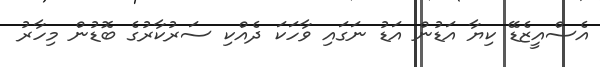
އެސްއީޒެޑޭ ކިޔާ އަޑުން އަޑު ނަގައި ވާހަކަ ދެއްކި ސަރުކާރުގެ ބޮޑުން މިހާރު